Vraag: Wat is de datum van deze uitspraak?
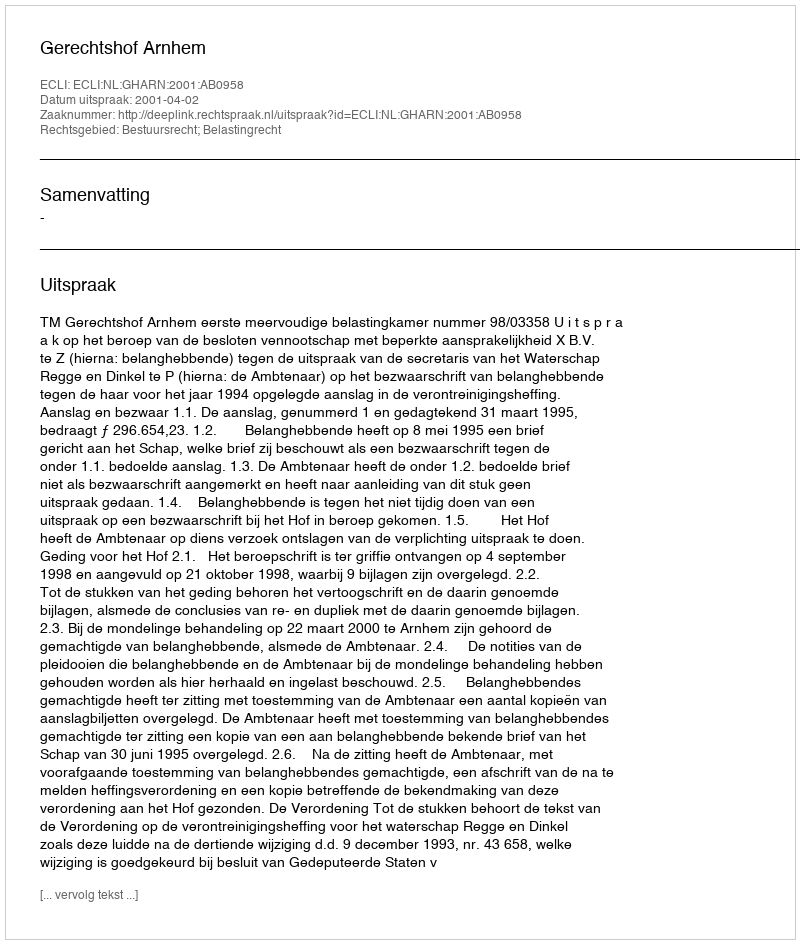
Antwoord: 2001-04-02